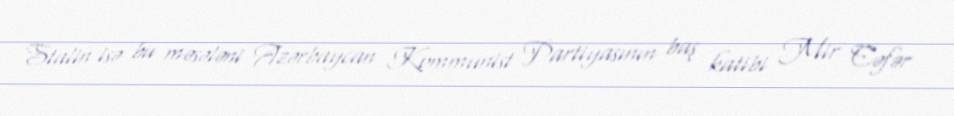
Stalin isə bu məsələni Azərbaycan Kommunist Partiyasının baş katibi Mir Cəfər